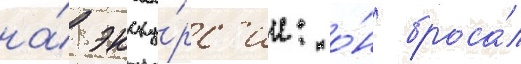
на́ экску́рс'ии: о́н броса́л